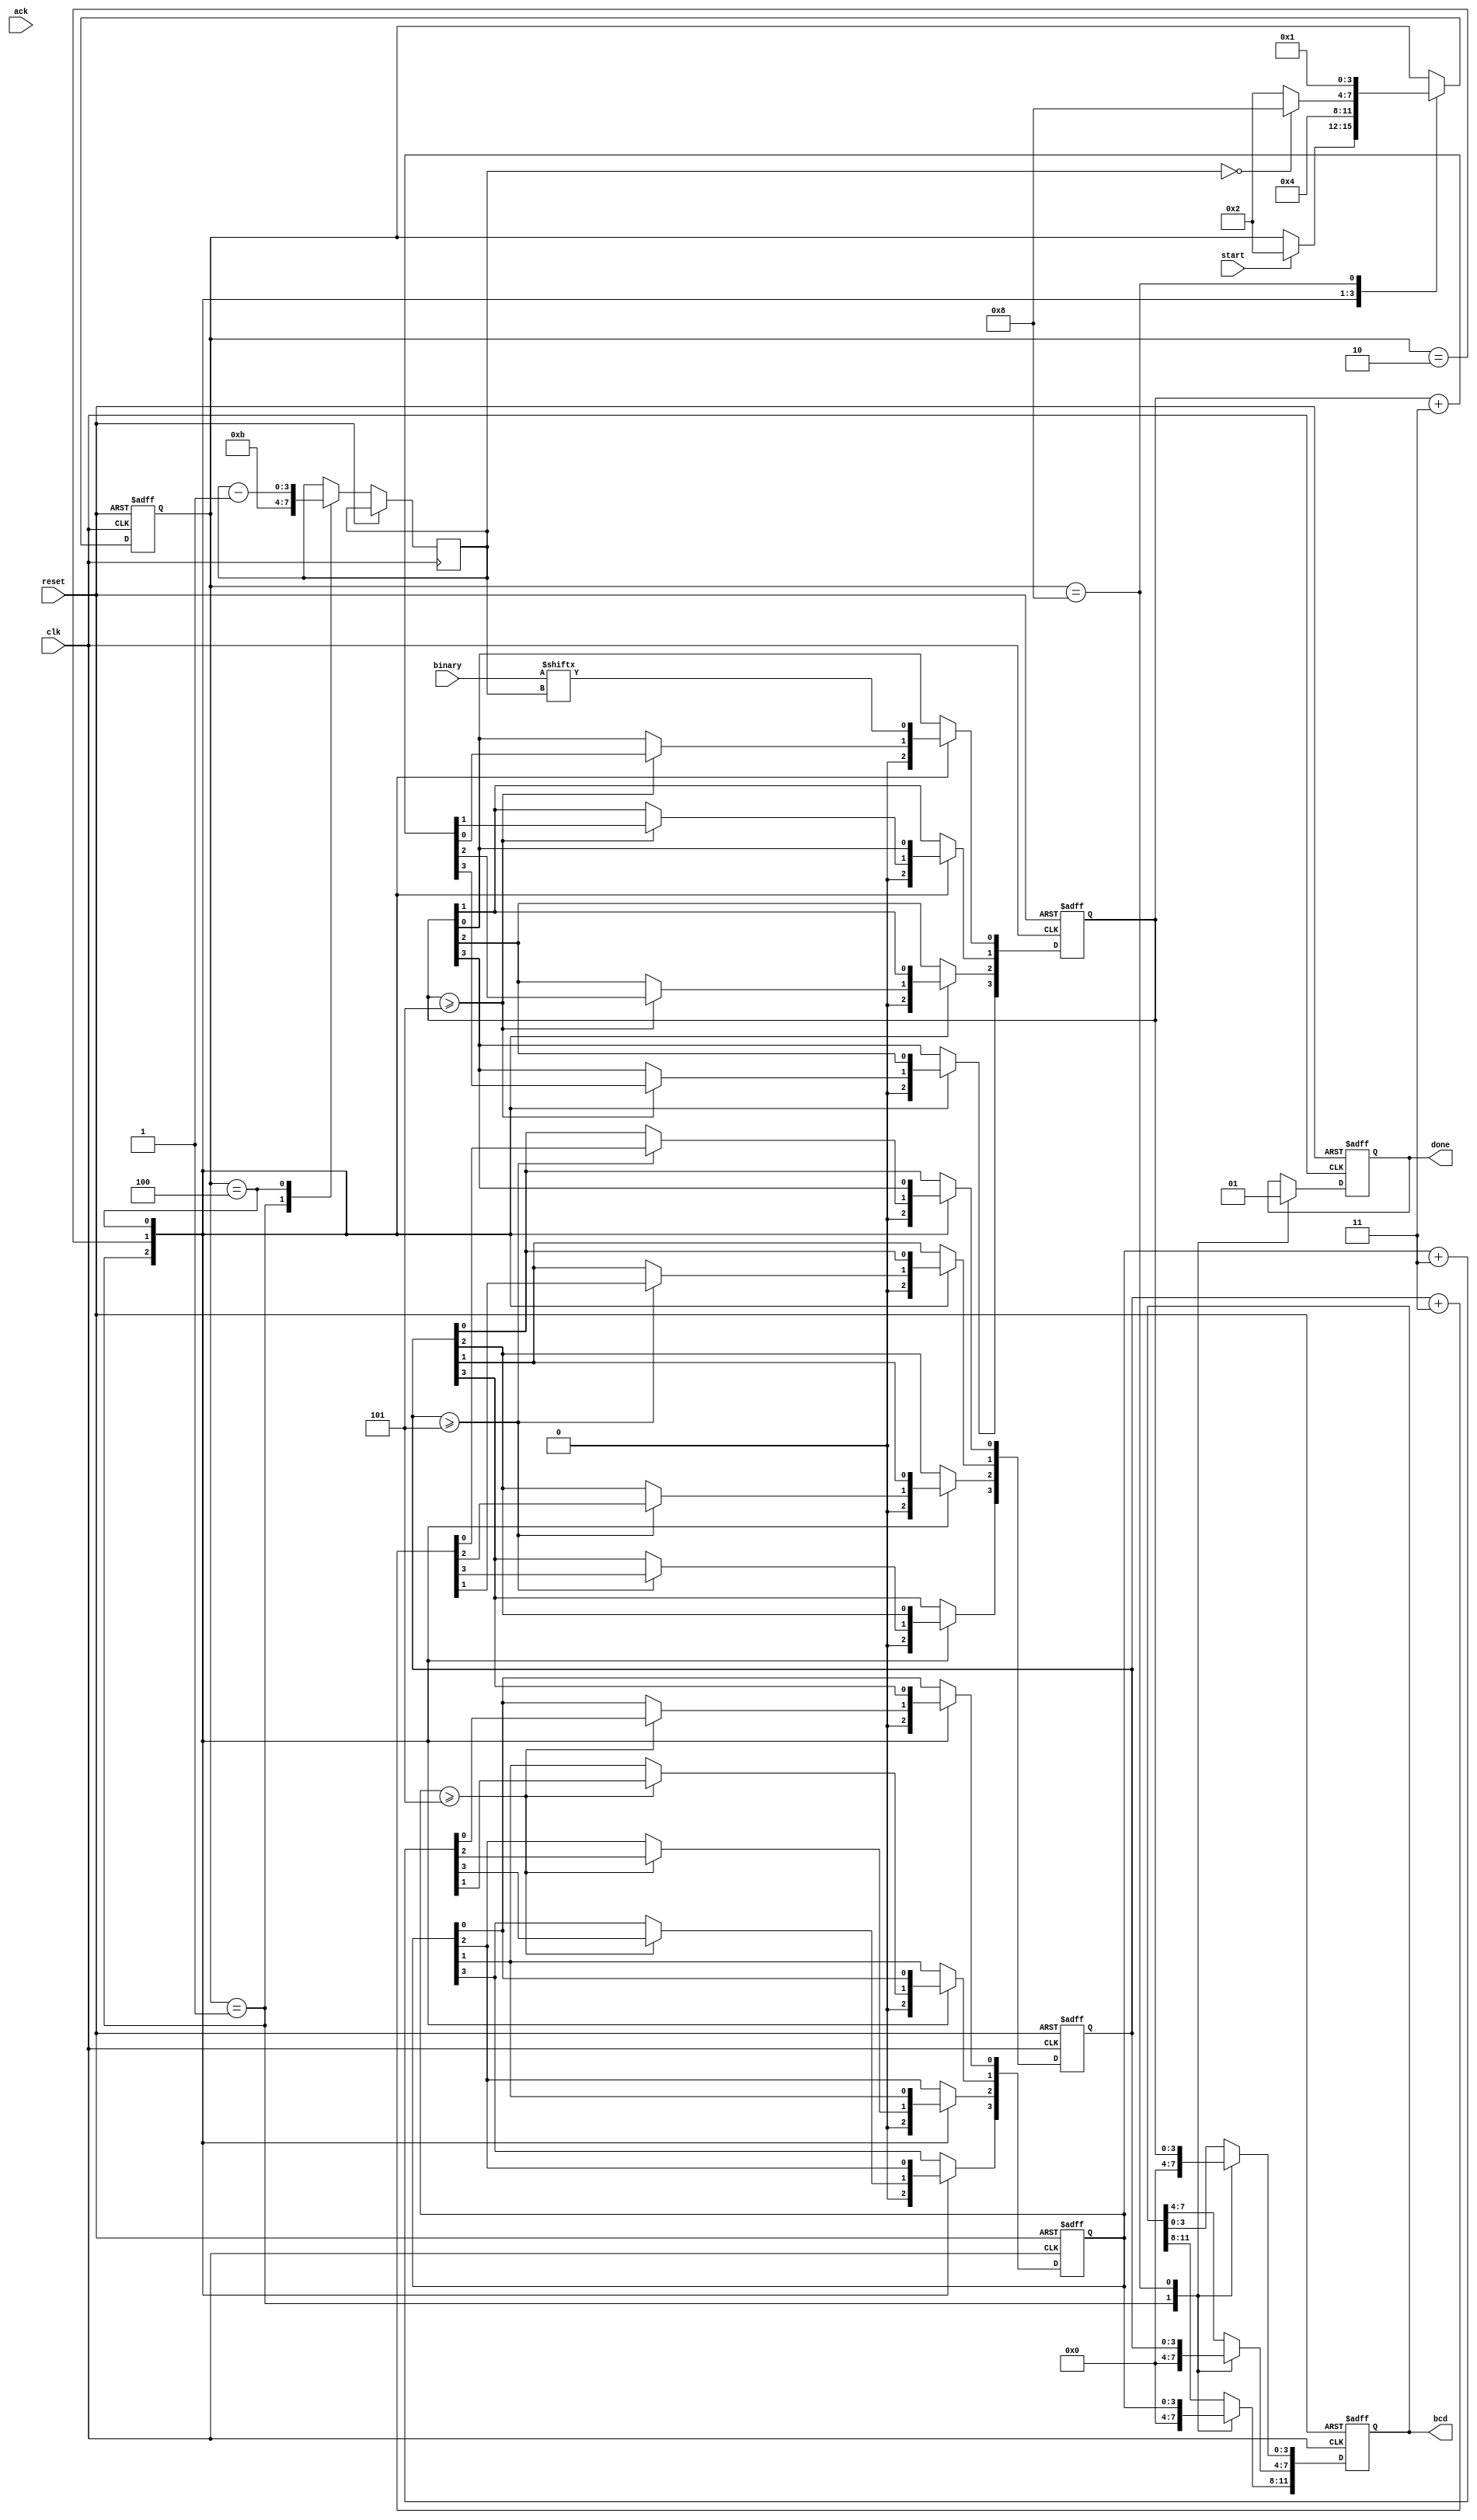
module binary_to_bcd(
    input clk,
    input start,
    input reset,
    input ack,
    input [11:0] binary,
    output [11:0] bcd,
    output done
    );
    
    reg doneReg;
    assign done = doneReg;
   
    localparam
    I = 4'b0001, B2BCD = 4'b0010, SHIFT = 4'b0100, DONE = 4'b1000;

    reg [3:0] state;
    reg [11:0] bcd_reg; 
    assign bcd = bcd_reg;
    
    //for calcuating BCD from binary
    reg [3:0] Hundreds;
    reg [3:0] Tens;
    reg [3:0] Ones;
    reg [3:0] count;
    
    always @(posedge clk or posedge reset) begin
            if (reset) begin
                state <= I;
                bcd_reg[11:0] <= 16'b0000000000000000;
                Hundreds <= 4'b0000;
                Tens <= 4'b0000;
                Ones <= 4'b0000;
                doneReg <= 1'b0;
            end
            else begin
                case(state)
                I:
                begin
                    //NSL
                    if(start) begin
                        state <= B2BCD;
                    end
    
                    //RTL
                    bcd_reg[11:0] <= 16'b0000000000000000;
                    Ones[3:0] <= 4'd0;
                    Tens[3:0] <= 4'd0;
                    Hundreds[3:0] <= 4'd0;
                    doneReg <= 1'b0;
                    count <= 4'd11;
                end
                B2BCD:
                begin
                    //NSL
                    state <= SHIFT;
                
                    //RTL
                    //Algorithm taken from https://pubweb.eng.utah.edu/~nmcdonal/Tutorials/BCDTutorial/BCDConversion.html
                    if(Hundreds >= 4'd5) begin
                        Hundreds <= Hundreds  + 4'b0011;
                    end
                    if(Tens >= 4'd5) begin
                        Tens <= Tens  + 4'b0011;
                    end
                    if(Ones >= 4'd5) begin
                        Ones <= Ones  + 4'b0011;
                    end
                    
                    
                    
                end
                SHIFT:
                    begin
                    if(count == 4'd0) begin
                         state <= DONE;
                    end
                    else
                         state <= B2BCD;
    

                    Hundreds[3] <= Hundreds[2];
                    Hundreds[2] <= Hundreds[1];
                    Hundreds[1] <= Hundreds[0];
                    Hundreds[0] <= Tens[3];
                    
                    Tens[3] <= Tens[2];
                    Tens[2] <= Tens[1];
                    Tens[1] <= Tens[0];
                    Tens[0] <= Ones[3];
                    
                    Ones[3] <= Ones[2];
                    Ones[2] <= Ones[1];
                    Ones[1] <= Ones[0];
                    Ones[0] <= binary[count];
                    
                    count <= count - 1;
                    end
                
                DONE:
                begin
                    //NSL
                    state <= I;
                    //RTL
                    bcd_reg[11:8] <= Hundreds[3:0];
                    bcd_reg[7:4] <= Tens[3:0];
                    bcd_reg[3:0] <= Ones[3:0];
    
                    doneReg <= 1'b1;
                    if(ack) begin
                        state <= I;
                    end
              
                end
                
                endcase
            end
        end
endmodule